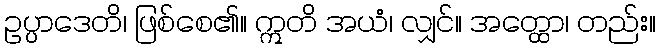
ဥပ္ပာဒေတိ၊ ဖြစ်စေ၏။ ဣတိ အယံ၊ လျှင်။ အတ္ထော၊ တည်း။